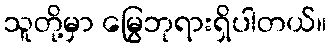
သူတို့မှာ မြွေဘုရားရှိပါတယ်။